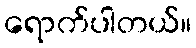
ရောက်ပါတယ်။